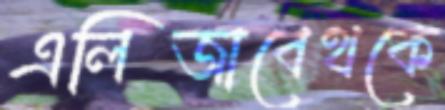
এলিজাবেথকে